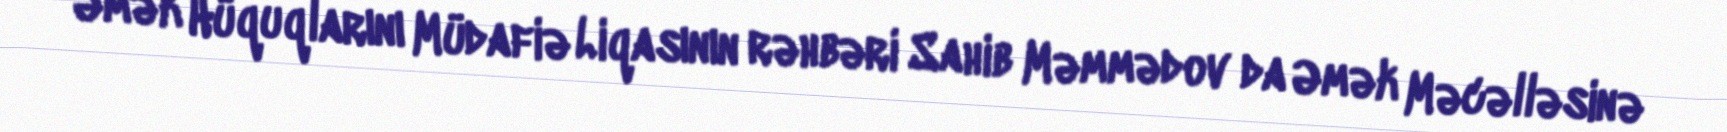
Əmək Hüquqlarını Müdafiə Liqasının rəhbəri Sahib Məmmədov da Əmək Məcəlləsinə